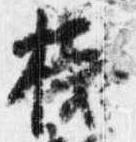
桟